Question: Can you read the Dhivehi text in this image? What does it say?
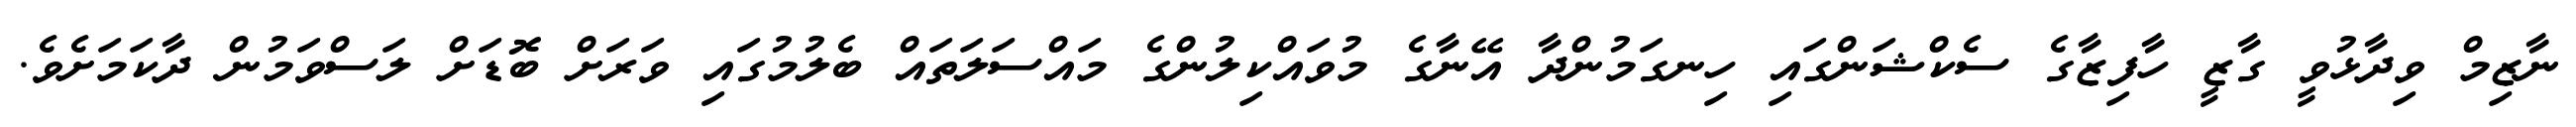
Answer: ނާޒިމް ވިދާޅުވީ ގާޒީ ހާފިޒާގެ ސެކްޝަންގައި ހިނގަމުންދާ އޭނާގެ މުވައްކިލުންގެ މައްސަލަތައް ބެލުމުގައި ވަރަށް ބޮޑަށް ލަސްވަމުން ދާކަމަށެވެ.